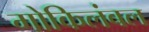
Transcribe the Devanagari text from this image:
गोकिलंबल